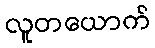
လူတယောက်